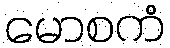
မောစကံ